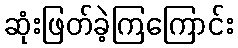
ဆုံးဖြတ်ခဲ့ကြကြောင်း